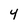
Character: 4